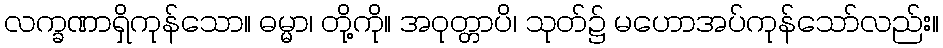
လက္ခဏာရှိကုန်သော။ ဓမ္မာ၊ တို့ကို။ အဝုတ္တာပိ၊ သုတ်၌ မဟောအပ်ကုန်သော်လည်း။